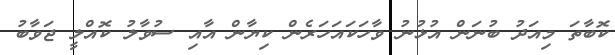
ކޮބާތަ މިއަދު ބުނަން އުޅުނު ވާހަކައަހަރެން ކިޔާން އާއި ސުވާލު ކޮއްލީ ޖަވާބު